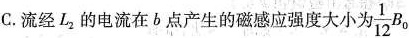
C.流经L_{2}的电流在b点产生的磁感应强度大小为 \frac{1}{12}B_{0}